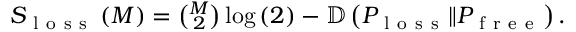
\begin{array} { r } { S _ { \mathrm { ~ l ~ o ~ s ~ s ~ } } \left( M \right) = \binom { M } { 2 } \log \left( 2 \right) - \mathbb { D } \left( P _ { \mathrm { ~ l ~ o ~ s ~ s ~ } } \Vert P _ { \mathrm { ~ f ~ r ~ e ~ e ~ } } \right) . } \end{array}